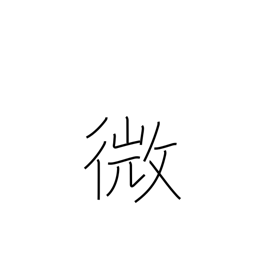
Meaning: delicate